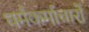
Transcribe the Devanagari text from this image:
धर्मकर्माचारों